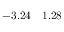
- 3 . 2 4 \quad 1 . 2 8 \phantom { 0 }